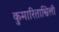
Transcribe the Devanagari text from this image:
कुमारिताश्विली